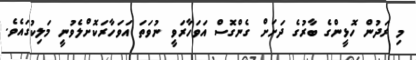
މި ރަދުން ހޮޅީންގެ ބާރުގެ ދަށަށް ގެންގޮސް އަވަހާރަވީ ނުވަތަ އަވަހާރަކޮށްލެވުނީ މަލިކުގައެވެ.